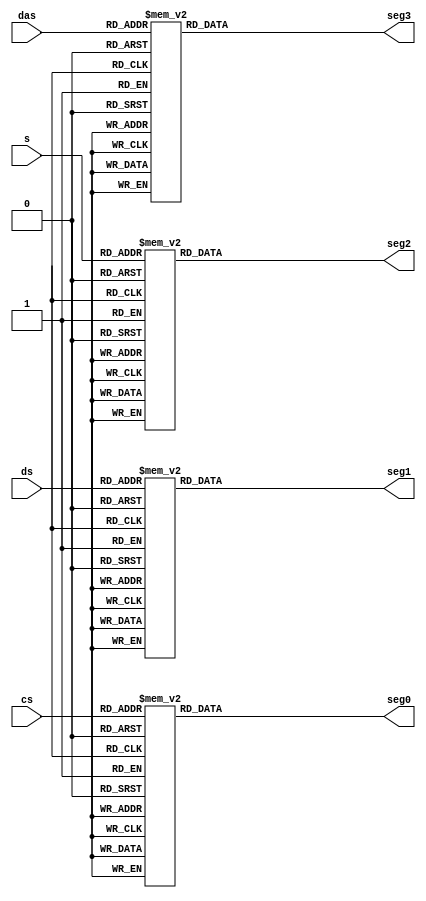
module hex_7seg(
	input [3:0] cs,
	input [3:0] ds,
	input [3:0] s,
	input [3:0] das,

	output reg [6:0] seg0,
	output reg [6:0] seg1,
	output reg [6:0] seg2,
	output reg [6:0] seg3
);

	always @(cs[3:0]) begin
		case (cs[3:0])
			4'b0000: seg0 <= 7'b1_00_00_00;
			4'b0001: seg0 <= 7'b1_11_10_01;
			4'b0010: seg0 <= 7'b0_10_01_00;
			4'b0011: seg0 <= 7'b0_11_00_00;
			4'b0100: seg0 <= 7'b0_01_10_01;
			4'b0101: seg0 <= 7'b0_01_00_10;
			4'b0110: seg0 <= 7'b0_00_00_10;
			4'b0111: seg0 <= 7'b1_11_10_00;
			4'b1000: seg0 <= 7'b0_00_00_00;
			4'b1001: seg0 <= 7'b0_01_00_00;
			default: seg0 <= 7'b1_11_11_11;
		endcase
	end

	always @(ds[3:0]) begin
		case (ds[3:0])
			4'b0000: seg1 <= 7'b1_00_00_00;
			4'b0001: seg1 <= 7'b1_11_10_01;
			4'b0010: seg1 <= 7'b0_10_01_00;
			4'b0011: seg1 <= 7'b0_11_00_00;
			4'b0100: seg1 <= 7'b0_01_10_01;
			4'b0101: seg1 <= 7'b0_01_00_10;
			4'b0110: seg1 <= 7'b0_00_00_10;
			4'b0111: seg1 <= 7'b1_11_10_00;
			4'b1000: seg1 <= 7'b0_00_00_00;
			4'b1001: seg1 <= 7'b0_01_00_00;
			default: seg1 <= 7'b1_11_11_11;
		endcase
	end

	always @(s[3:0]) begin
		case (s[3:0])
			4'b0000: seg2 <= 7'b1_00_00_00;
			4'b0001: seg2 <= 7'b1_11_10_01;
			4'b0010: seg2 <= 7'b0_10_01_00;
			4'b0011: seg2 <= 7'b0_11_00_00;
			4'b0100: seg2 <= 7'b0_01_10_01;
			4'b0101: seg2 <= 7'b0_01_00_10;
			4'b0110: seg2 <= 7'b0_00_00_10;
			4'b0111: seg2 <= 7'b1_11_10_00;
			4'b1000: seg2 <= 7'b0_00_00_00;
			4'b1001: seg2 <= 7'b0_01_00_00;
			default: seg2 <= 7'b1_11_11_11;
		endcase
	end

	always @(das[3:0]) begin
		case (das[3:0])
			4'b0000: seg3 <= 7'b1_00_00_00;
			4'b0001: seg3 <= 7'b1_11_10_01;
			4'b0010: seg3 <= 7'b0_10_01_00;
			4'b0011: seg3 <= 7'b0_11_00_00;
			4'b0100: seg3 <= 7'b0_01_10_01;
			4'b0101: seg3 <= 7'b0_01_00_10;
			4'b0110: seg3 <= 7'b0_00_00_10;
			4'b0111: seg3 <= 7'b1_11_10_00;
			4'b1000: seg3 <= 7'b0_00_00_00;
			4'b1001: seg3 <= 7'b0_01_00_00;
			default: seg3 <= 7'b1_11_11_11;
		endcase
	end

endmodule